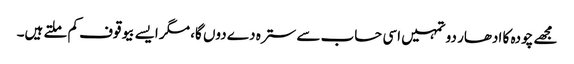
مجھے چودہ کا ادھار دو تمہیں اسی حساب سے سترہ دے دوں گا، مگر ایسے بیوقوف کم ملتے ہیں۔